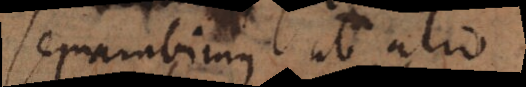
separabimus ab alio